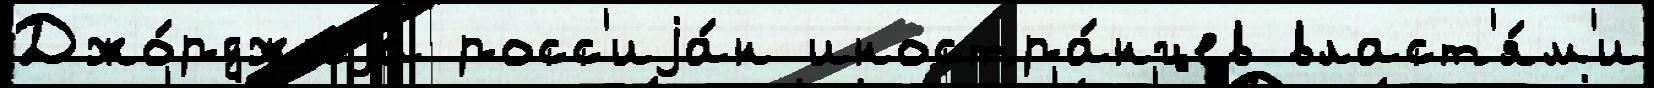
Джо́рджиjа росс'иjа́н иностра́нцев власт'я́м'и